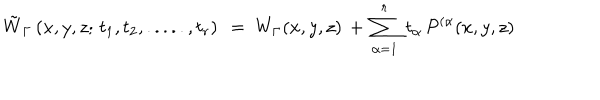
LaTeX: { \tilde { W } } _ { \Gamma } \left( x , y , z ; \, t _ { 1 } , t _ { 2 } , . . . . . , t _ { r } \right) ~ = ~ W _ { \Gamma } ( x , y , z ) \, + \, \sum _ { \alpha = 1 } ^ { r } \ t _ { \alpha } \, { \cal P } ^ { ( \alpha } ( x , y , z )